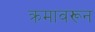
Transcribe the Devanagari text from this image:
क्रमावरून